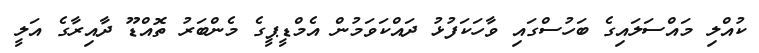
ކުއްލި މައްސަލައިގެ ބަހުސްގައި ވާހަކަފުޅު ދައްކަވަމުން އެމްޑީޕީގެ މެންބަރު ތޮއްޑޫ ދާއިރާގެ އަލީ